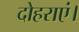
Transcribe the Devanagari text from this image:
दोहराएं।